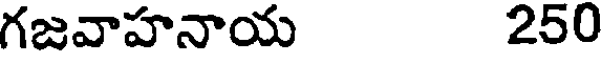
గజవాహనాయ 250